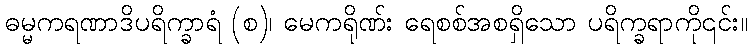
ဓမ္မကရဏာဒိပရိက္ခာရံ (စ)၊ မေကရိုဏ်း ရေစစ်အစရှိသော ပရိက္ခရာကို၎င်း။